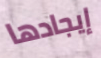
إيجادها